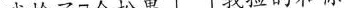
我捡了7个松果。我捡的和你